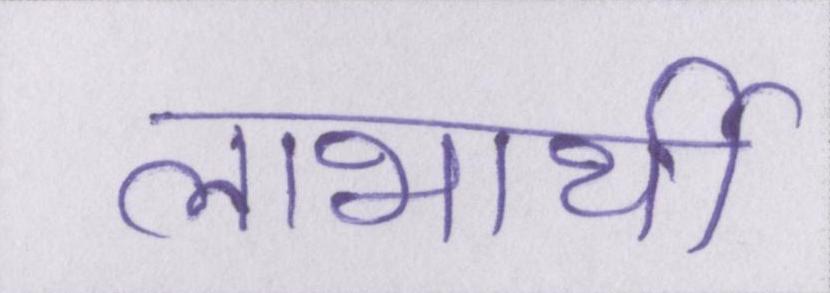
लाभार्थी